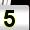
Digit: 5